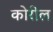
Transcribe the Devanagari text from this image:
कोरील